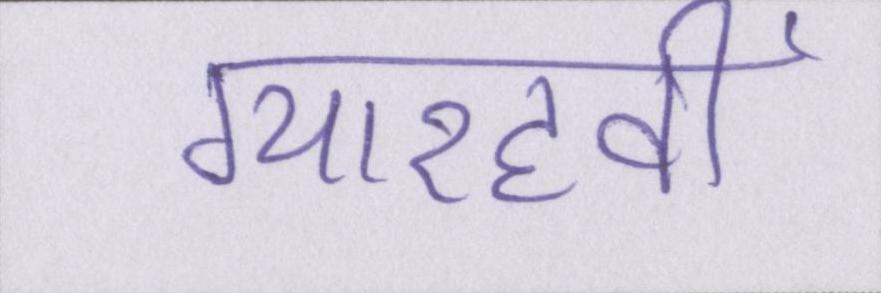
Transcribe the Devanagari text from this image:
ग्यारहवीं